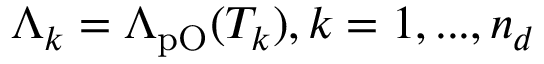
\Lambda _ { k } = \Lambda _ { \mathrm { p O } } ( T _ { k } ) , k = 1 , . . . , n _ { d }